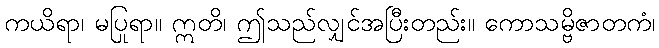
ကယိရာ၊ မပြုရာ။ ဣတိ၊ ဤသည်လျှင်အပြီးတည်း။ ကောသမ္ဗိဇာတကံ၊